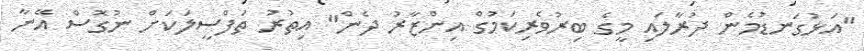
"އަޅުގަނޑުމެން ދުރާލައި މީގެ ބިރުވެރިކަމުގް އިންޒާރު ދެން" އިތުރު ތަފްސީލަކަށް ނުގޮސް އޭނާ